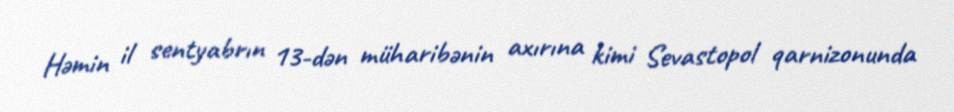
Həmin il sentyabrın 13-dən müharibənin axırına kimi Sevastopol qarnizonunda